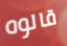
قالوه